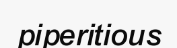
piperitious